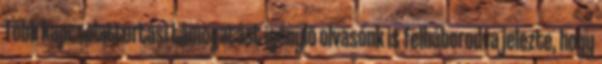
Több kapcsolattartási támogatást igénylő olvasónk is felháborodva jelezte, hogy